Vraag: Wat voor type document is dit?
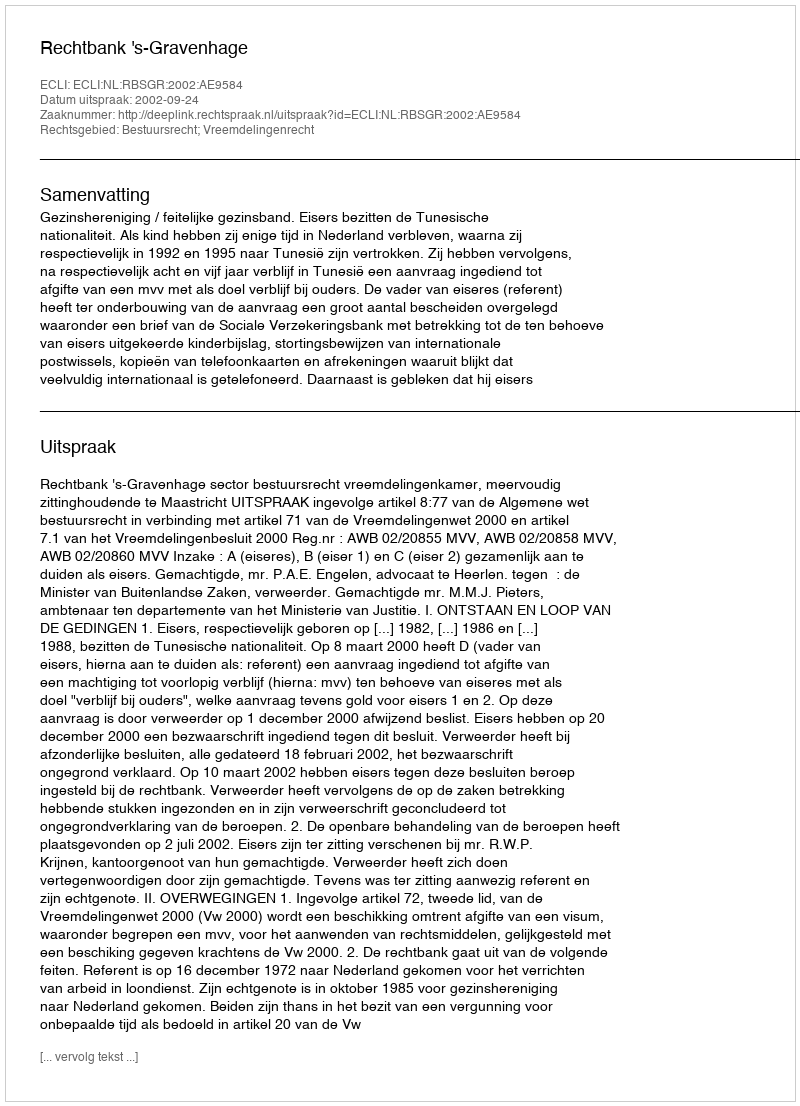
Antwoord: Uitspraak